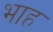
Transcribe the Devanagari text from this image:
भाह